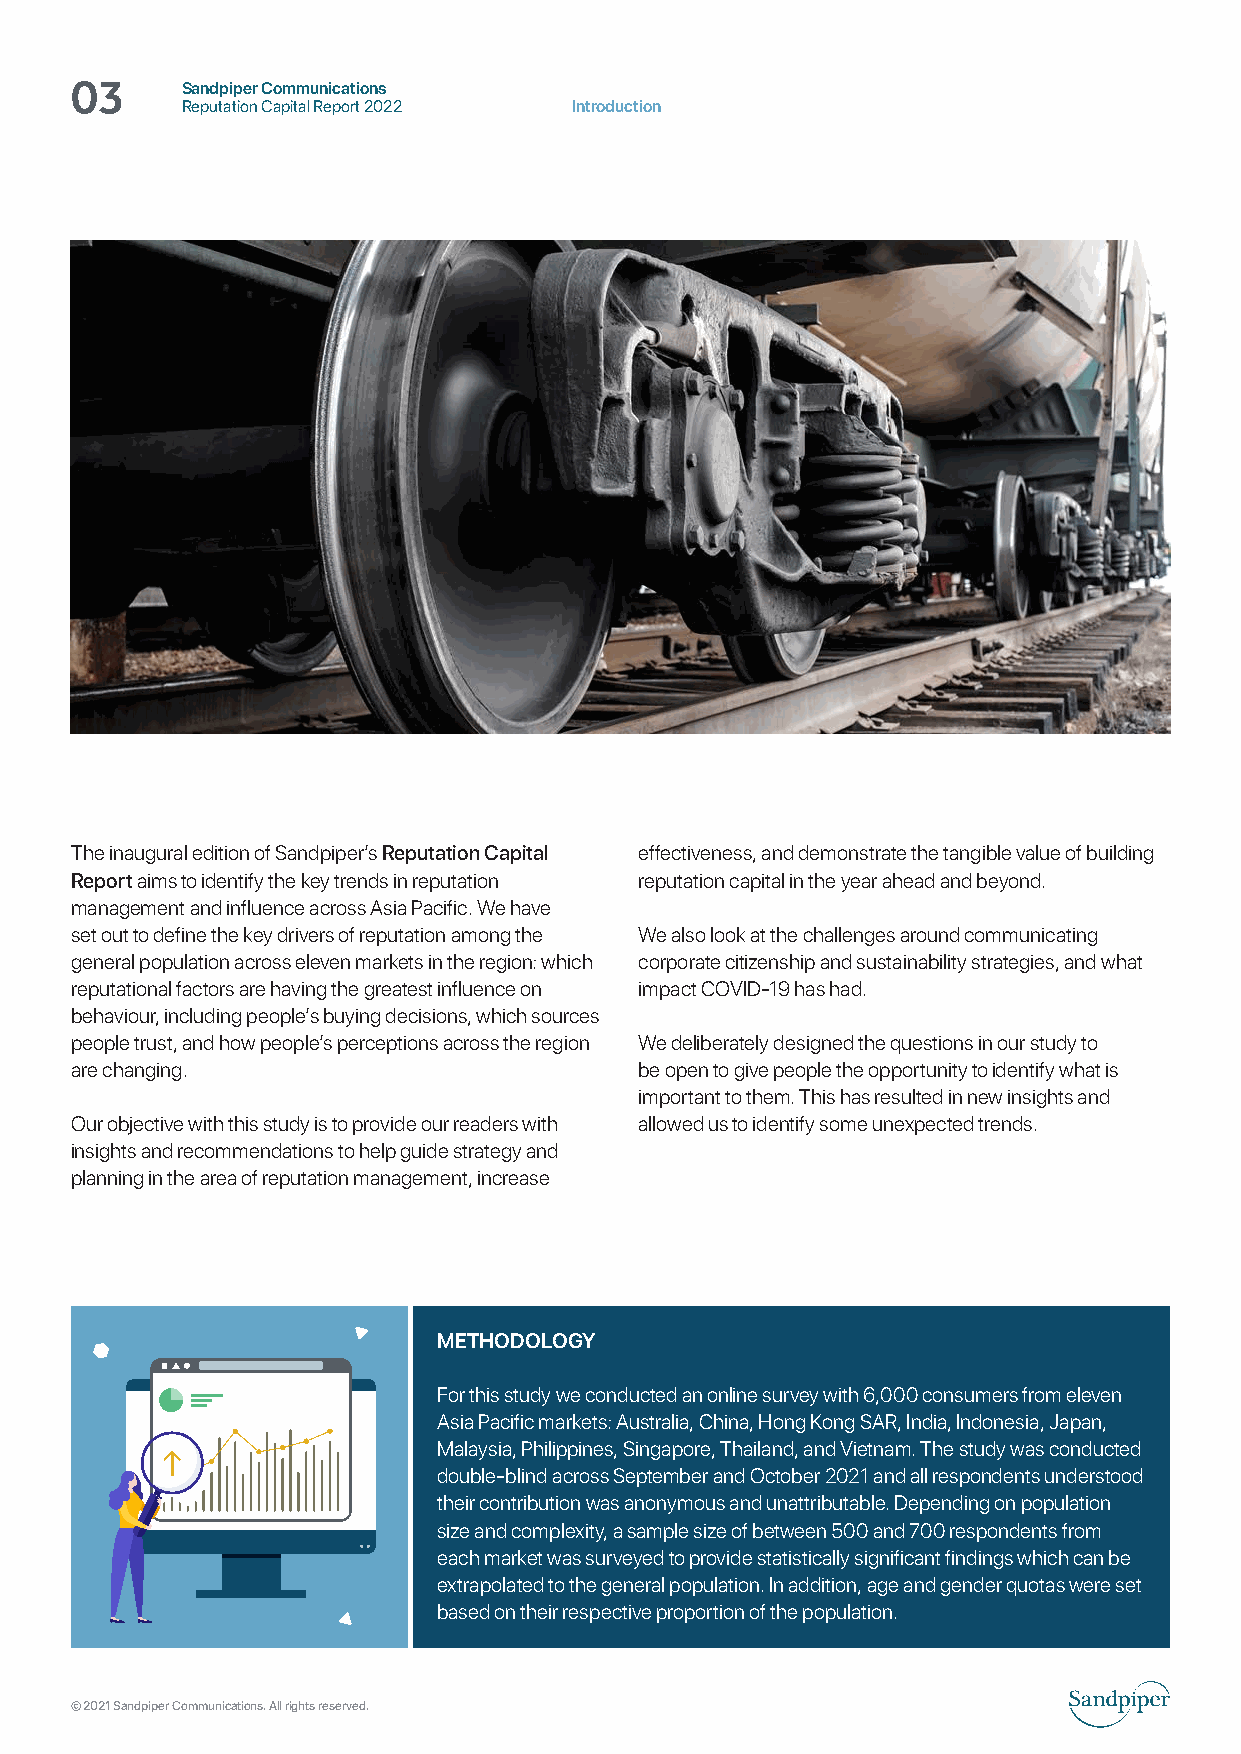
Sandpiper Communications
 03     Reputation Capital Report 2022 Introduction
 The inaugural edition of Sandpiper’s Reputation Capital effectiveness, and demonstrate the tangible value of building
 Report aims to identify the key trends in reputation reputation capital in the year ahead and beyond.
 management and influence across Asia Pacific. We have
 set out to define the key drivers of reputation among the We also look at the challenges around communicating
 general population across eleven markets in the region: which corporate citizenship and sustainability strategies, and what
 reputational factors are having the greatest influence on impact COVID-19 has had.
 behaviour, including people’s buying decisions, which sources
 people trust, and how people’s perceptions across the region We deliberately designed the questions in our study to
 are changing.                        be open to give people the opportunity to identify what is
 important to them. This has resulted in new insights and
 Our objective with this study is to provide our readers with allowed us to identify some unexpected trends.
 insights and recommendations to help guide strategy and
 planning in the area of reputation management, increase
 METHODOLOGY
 For this study we conducted an online survey with 6,000 consumers from eleven
 Asia Pacific markets: Australia, China, Hong Kong SAR, India, Indonesia, Japan,
 Malaysia, Philippines, Singapore, Thailand, and Vietnam. The study was conducted
 double-blind across September and October 2021 and all respondents understood
 their contribution was anonymous and unattributable. Depending on population
 size and complexity, a sample size of between 500 and 700 respondents from
 each market was surveyed to provide statistically significant findings which can be
 extrapolated to the general population. In addition, age and gender quotas were set
 based on their respective proportion of the population.
 © 2021 Sandpiper Communications. All rights reserved.